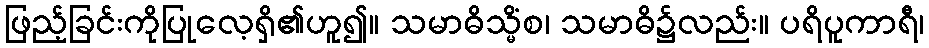
ဖြည့်ခြင်းကိုပြုလေ့ရှိ၏ဟူ၍။ သမာဓိသ္မိံစ၊ သမာဓိ၌လည်း။ ပရိပူကာရီ၊